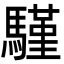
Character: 騹